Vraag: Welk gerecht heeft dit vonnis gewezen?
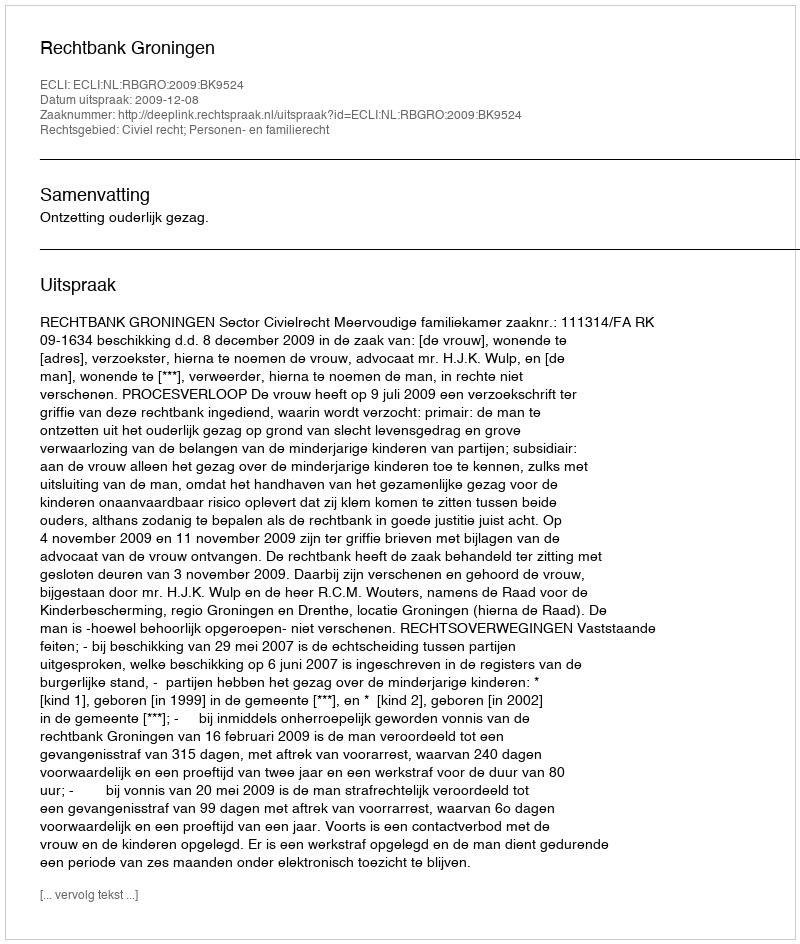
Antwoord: Rechtbank Groningen